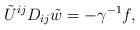
LaTeX: \begin{align*}\tilde U^{ij} D_{ij} \tilde w = -\gamma^{-1} f,\end{align*}